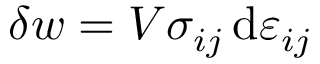
\delta w = V \sigma _ { i j } \, \mathrm { d } \varepsilon _ { i j }